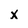
Character: x